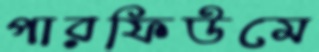
পারফিউমে